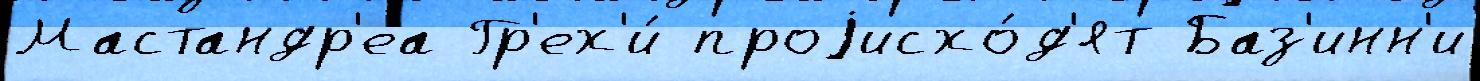
Мастандр'еа Гр'ех'и́ проjисхо́д'ят Баз'инн'и